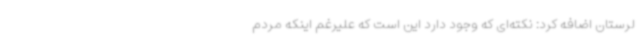
لرستان اضافه کرد: نکته‌ای که وجود دارد این است که علیرغم اینکه مردم